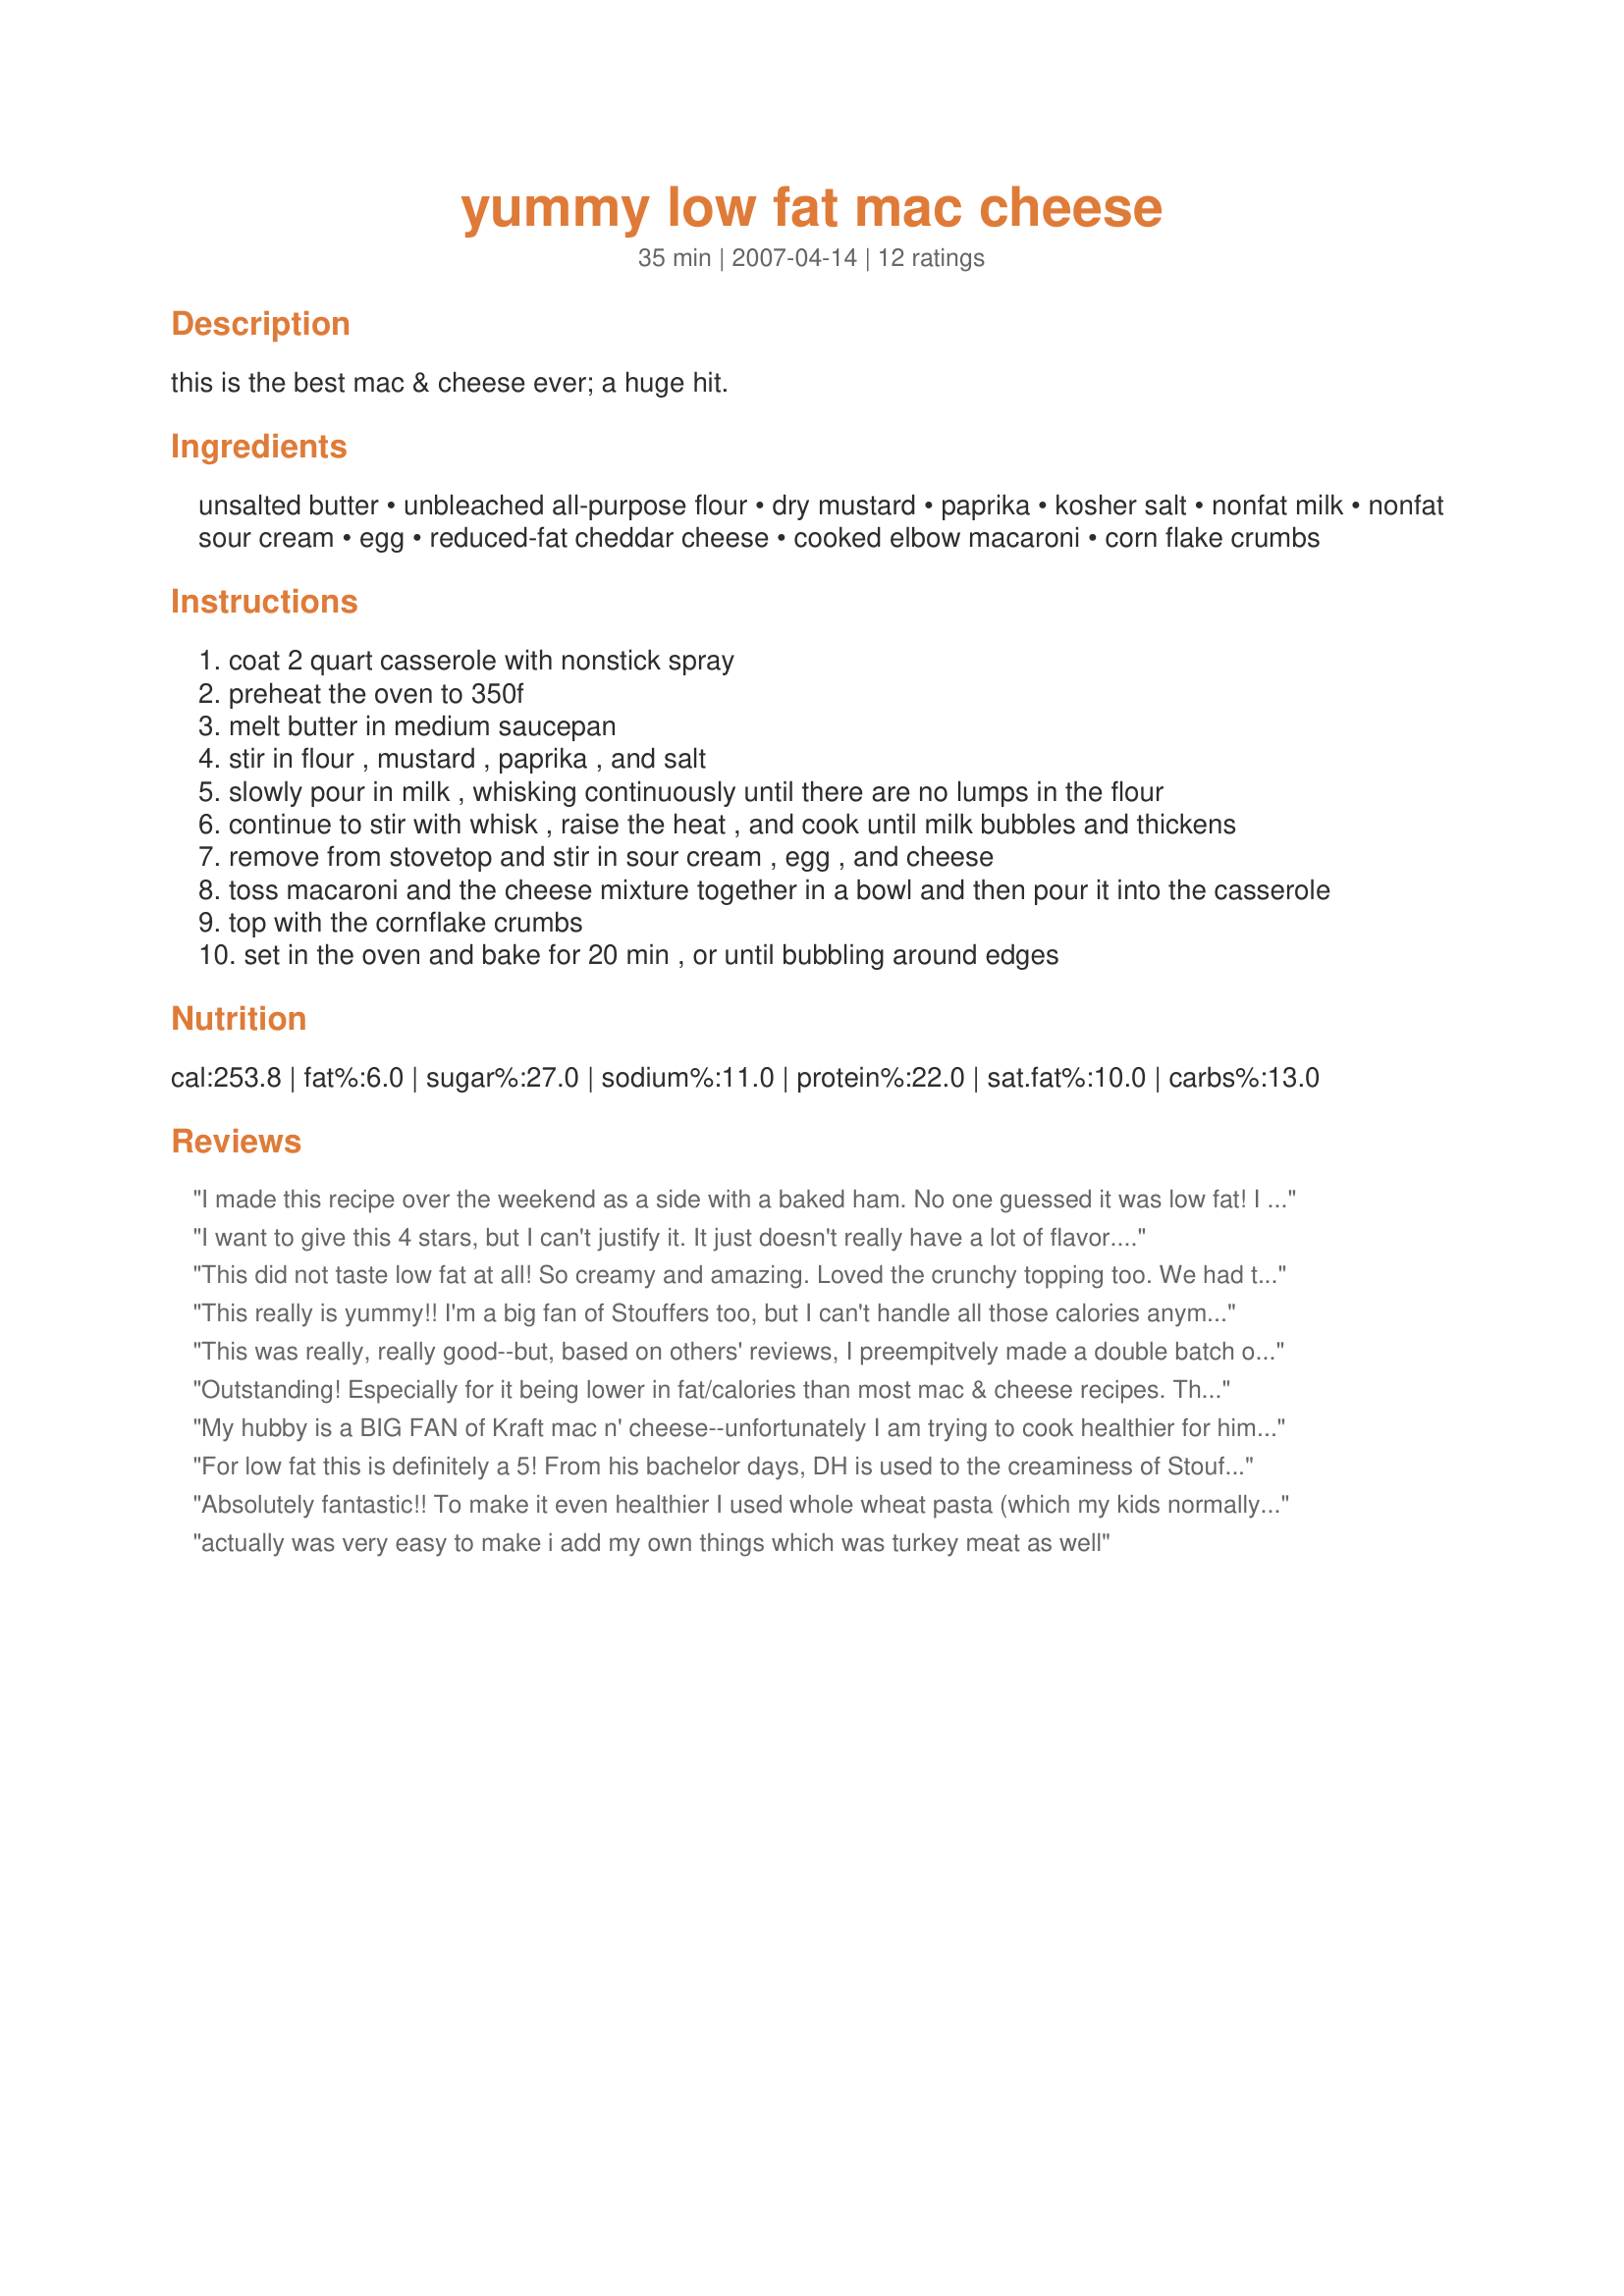
yummy low fat mac cheese
Preparation time: 35 minutes

this is the best mac & cheese ever; a huge hit.

Ingredients:
unsalted butter, unbleached all-purpose flour, dry mustard, paprika, kosher salt, nonfat milk, nonfat sour cream, egg, reduced-fat cheddar cheese, cooked elbow macaroni, corn flake crumbs

Steps:
coat 2 quart casserole with nonstick spray
preheat the oven to 350f
melt butter in medium saucepan
stir in flour , mustard , paprika , and salt
slowly pour in milk , whisking continuously until there are no lumps in the flour
continue to stir with whisk , raise the heat , and cook until milk bubbles and thickens
remove from stovetop and stir in sour cream , egg , and cheese
toss macaroni and the cheese mixture together in a bowl and then pour it into the casserole
top with the cornflake crumbs
set in the oven and bake for 20 min , or until bubbling around edges

Reviews:
I made this recipe over the weekend as a side with a baked ham. No one guessed it was low fat! I made just as written except I had a bit less sour cream than I thought, so I substituted plain nonfat yogurt for about 1/4 of a cup, and it tasted just fine. The mac and cheese was much creamier than I thought it'd be, a very welcome surprise. Thanks for such a great recipe!
I want to give this 4 stars, but I can't justify it. It just doesn't really have a lot of flavor. I ended up adding a bunch of pepper and salt to it. I cooked it at 350F for 25 minutes, ate some, then cooked it for about 8 more minutes at 400F. The crisp parts at the edge were the best. EDIT: I heated some of the leftovers in a skillet today as a side for dinner. I added some ground red and black pepper, jalapenos, and rotel. I let it cook long enough to crisp the cheese. Delicious.
This did not taste low fat at all! So creamy and amazing. Loved the crunchy topping too. We had this for dinner and then had leftovers for lunch the next day. Just delicious! Will definitely be making it again!
This really is yummy!! I'm a big fan of Stouffers too, but I can't handle all those calories anymore. This will be my new favorite. I divided into 2 casseroles, one without the crumb topping for the freezer. Made for PAC Fall '07.
This was really, really good--but, based on others' reviews, I preempitvely made a double batch of sauce, and added 1 1/2 recipes of it (I saved the remainder for broccoli with cheese sauce, or whatever). However, instead of 4 c. of cheese, I used 3, and I still used only one egg and 1 c. of sour cream. It made the recipe very creamy and tasted way more fatteniing than it really is. I also used panko crumbs, mixed with melted "I Can't Believe it's Not Butter Light", for the top. As I said, it was delicious--but I think adding extra sauce made a difference. Thank you, reviewers, for prompting me to do that!
Outstanding! Especially for it being lower in fat/calories than most mac & cheese recipes. The only thing I did different was use low fat sour cream instead of nonfat (because that's what I had on hand). I added cut up turkey sausage to the mix for a more complete meal. Served with a side of steamed veggies. Thanks!
My hubby is a BIG FAN of Kraft mac n' cheese--unfortunately I am trying to cook healthier for him! I read the reviews before I started (always a good thing!) & halved the recipe but doubled the spices for more flavor. The cheese sauce was a cinch to whip up--& I used whole wheat mac. Instead of breadcrumbs, I topped it w/ more low fat cheddar for an extra cheesy flavor. Hubby enjoyed it--WOW! I don't know how this will re-heat, as some folks had issues with that--but my sweetie likes mac n' cheese warmed up--so hopefully this will be a keeper!! Thank u for sharing!
For low fat this is definitely a 5! From his bachelor days, DH is used to the creaminess of Stouffers' frozen super fatty macaroni and cheese and said this needed more cheese, yet he did clean his plate in record time! I added extra paprika and lots of black pepper and thought it was wonderful - honestly I prefer this to Stouffers which is way too rich. Very easy and definitely yummy - one of my new favorites!
Absolutely fantastic!! To make it even healthier I used whole wheat pasta (which my kids normally turn their noses up at) and used liquid egg substitute instead of the egg. I substituted 1c Great Value light 3 cheese blend and 4 oz of Velveeta for the 2 cups of cheese called for and used 3/4 c evaporated skim milk and 3/4 cup of water in place of the fat free milk as I didn't have any on hand. This is thee BEST Mac and cheese I've ever made...low fat or not!! A definite keeper. My family couldn't believe that I was eating something soo creamy and fattening...LOL and they all wanted seconds...even with the WW noodles! Shhh...my secret!
actually was very easy to make i add my own things which was turkey meat as well
This was very tasty, but a little dry. (However, fresh out of the oven it looked so creamy and good!) I didn't get to try it fresh out of the oven, but I had it reheated in the microwave. Very good for lowfat mac and cheese, but it doesn't reheat well, and it makes a huge batch. I will make it again. Thanks for posting.
I'm new to low fat recipes, (my husband is trying to lose weight). I found this to be good but a little dry. Low fat cheese doesn't seem to melt right. If I make this again I will add some onions and maybe some garlic. My husband liked it. Thank you.
